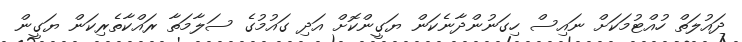
ދައުލަތް ހުއްޓުމަކަށް ނައިސް ހިގަނުންދާނެކަން ޔަގީންކޮށް އަދި ގައުމުގެ ސަލާމަތާ ރައްކާތެރިކަން ޔަގީން